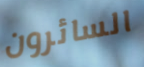
السائرون